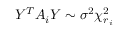
Y ^ { T } A _ { i } Y \sim \sigma ^ { 2 } \chi _ { r _ { i } } ^ { 2 }